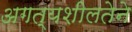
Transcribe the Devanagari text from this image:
अगत्यशीलतेने